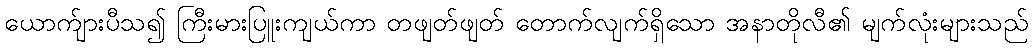
ယောက်ျားပီသ၍ ကြီးမားပြူးကျယ်ကာ တဖျတ်ဖျတ် တောက်လျက်ရှိသော အနာတိုလီ၏ မျက်လုံးများသည်